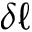
\delta \ell